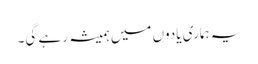
یہ ہماری یادوں میں ہمیشہ رہے گی۔